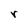
Character: r